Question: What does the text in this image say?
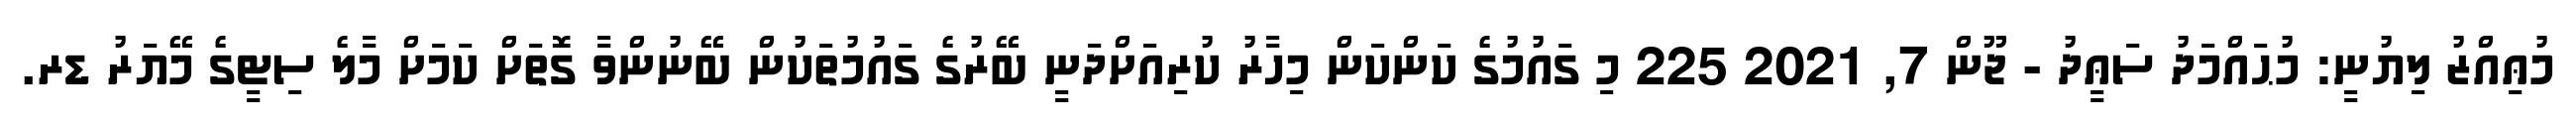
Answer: މުޢިއްޒު ލިޔުނީ: މުޙައްމަދު ސަޢީދު - ޖޫން 7, 2021 225 މި ގައުމުގެ ކަންކަން މިހާރު ކުރިއަށްދަނީ ބޭރުގެ ގައުމުތަކުން ބޭނުންވާ ގޮތަށް ކަމަށް މާލެ ސިޓީގެ މޭޔަރު ޑރ.